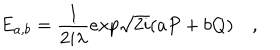
E _ { a , b } = { \frac { 1 } { 2 i \lambda } } e x p \sqrt { 2 i } ( a P + b Q ) \quad ,